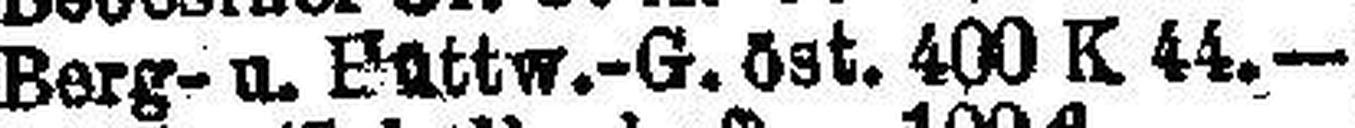
Berg- u. Büttw.-G. öst. 400 K 44.—